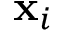
\mathbf { x } _ { i }